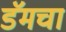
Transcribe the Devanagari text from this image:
डॅमचा